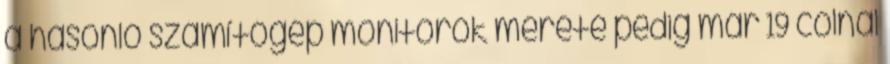
a hasonló számítógép monitorok mérete pedig már 19 colnál